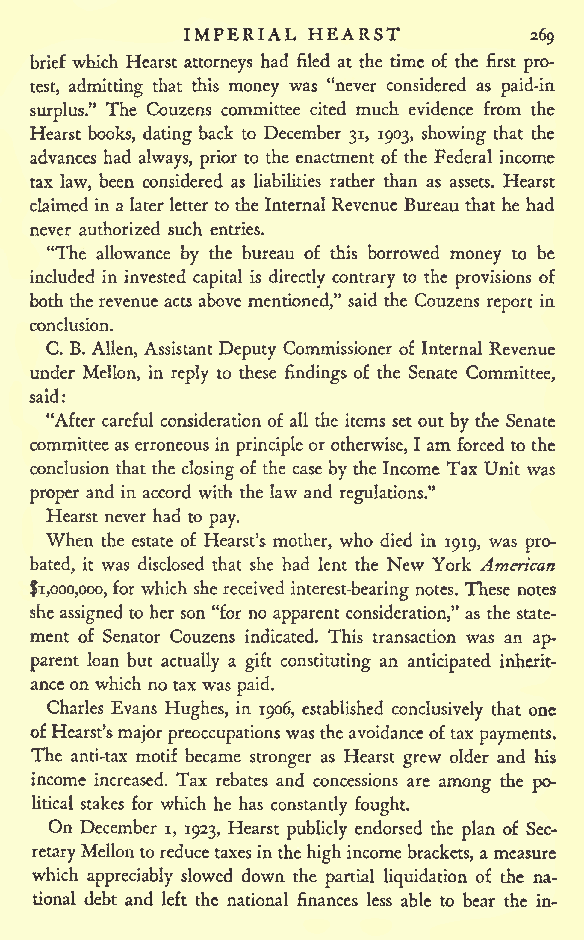
IMPERIAL HEARST
 269
 brief which Hearst attorneys had filed at the time of the first pro-
 test, admitting that this money was "never considered as paid-in
 The Couzens committee cited much evidence from the
 surplus."
 Hearst books, dating back to December 31, 1903, showing that the
 advances had always, prior to the enactment of the Federal income
 tax law, been considered as liabilities rather than as assets. Hearst
 claimed in a laterletter to the Internal Revenue Bureau that he had
 never authorized such entries.
 "The allowance by the bureau of this borrowed money to be
 included in invested capital is directly contrary to the provisions of
 both the revenueacts above mentioned," said the Couzens report in
 conclusion.
 C. B. Allen, Assistant Deputy Commissioner of Internal Revenue
 under Mellon, in reply to these findings of the Senate Committee,
 said:
 "After careful consideration of all the items set out by the Senate
 committee as erroneous in principleor otherwise, I am forced to the
 conclusion that the closingof the case by the Income Tax Unit was
 proper and in accord with the law and regulations."
 Hearst never had to pay.
 When the estate of Hearst's mother, who died in 1919, was pro-
 bated, it was disclosed that she had lent the New York American
 $1,000,000,for which she received interest-bearing notes. These notes
 she assigned to her son "for no apparent consideration," as the state-
 ment of Senator Couzens indicated. This transaction was an ap-
 parent loan but actually a gift constituting an anticipated inherit-
 anceon which no tax was paid.
 Charles Evans Hughes, in 1906, established conclusively that one
 ofHearst'smajorpreoccupationswastheavoidanceoftaxpayments.
 The anti-tax motif became stronger as Hearst grew older and his
 income increased. Tax rebates and concessions are among the po-
 litical stakes for which he has constantly fought.
 On December i, 1923, Hearst publicly endorsed the plan of Sec-
 retaryMellonto reducetaxesinthehigh income brackets, a measure
 which appreciably slowed down the partial liquidation of the na-
 tional debt and left the national finances less able to bear the in-